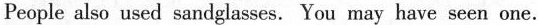
People also used sandglasses. You may have seen one.